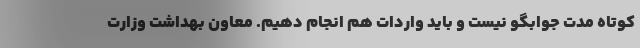
کوتاه مدت جوابگو نیست و باید واردات هم انجام دهیم. معاون بهداشت وزارت